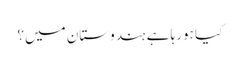
کیا ہورہا ہے ہندوستان میں؟